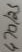
Text: 470/25